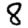
Digit: 8